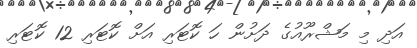
އަދި މި މަޝްރޫއުގެ ދަށުން ހަ ކޮޓަރި އަށް ކޮޓަރި 12 ކޮޓަރި